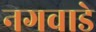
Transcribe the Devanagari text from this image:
नगवाडे